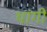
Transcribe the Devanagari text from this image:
थांगी